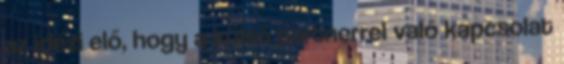
az idézi elő, hogy a külső partnerrel való kapcsolat